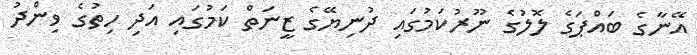
އޭނާގެ ބައްޕަގެ ލޮލުގެ ނޫރުކަމުގައި ދުނިޔޭގެ ޒީނަތް ކަމުގައި އަދި ހިތުގެ ވިންދު